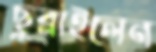
ছুব্‌লাইলেন